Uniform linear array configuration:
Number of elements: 32
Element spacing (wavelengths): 0.25
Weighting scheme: cosine
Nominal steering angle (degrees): -30
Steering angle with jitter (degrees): -30.708
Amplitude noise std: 0.05
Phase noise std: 0.05

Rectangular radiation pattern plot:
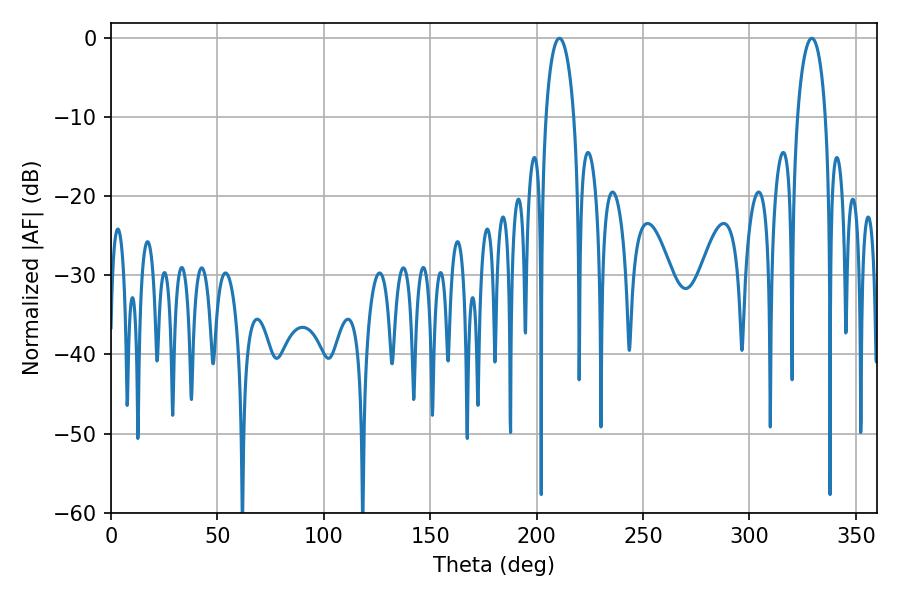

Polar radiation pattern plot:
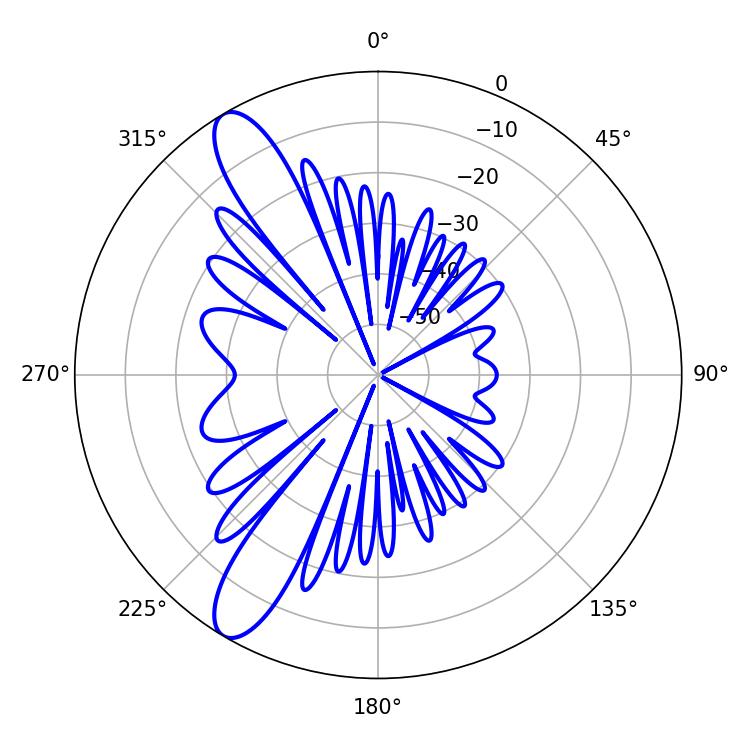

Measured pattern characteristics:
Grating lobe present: FALSE
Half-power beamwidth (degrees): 7.56
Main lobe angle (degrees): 329.22